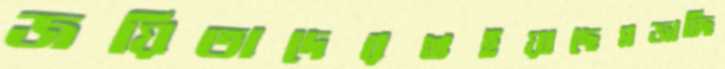
জয়িতাদেরশুইয়াছেমজাচ্ছি